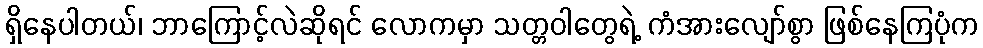
ရှိနေပါတယ်၊ ဘာကြောင့်လဲဆိုရင် လောကမှာ သတ္တဝါတွေရဲ့ ကံအားလျော်စွာ ဖြစ်နေကြပုံက